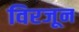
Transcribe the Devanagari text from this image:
विरजून